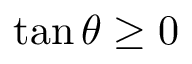
\tan \theta \geq 0